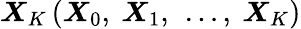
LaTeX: \boldsymbol{X}_{K}\left(\boldsymbol{X}_{0},\ \boldsymbol{X}_{1},\ \ldots,\ \boldsymbol{X}_{K}\right)